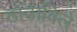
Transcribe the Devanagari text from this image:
ठोठाविले